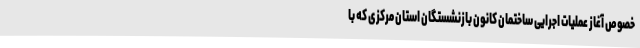
خصوص آغاز عملیات اجرایی ساختمان کانون بازنشستگان استان مرکزی که با